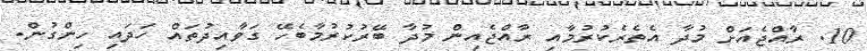
10. ރާއްޖެއަށް މުދާ އެތެރެކުރުމާއި ރާއްޖެއިން މުދާ ބޭރުކުރުމާބެހޭ ގަވާއިދުތައް ހަދައި ހިންގުން.